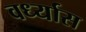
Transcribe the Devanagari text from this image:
वर्ध्यास